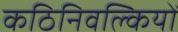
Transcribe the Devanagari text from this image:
कठिनिवल्कियों